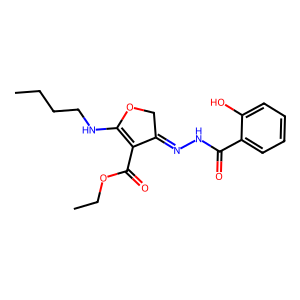
SMILES: CCCCNC1=C(C(=O)OCC)C(=NNC(=O)c2ccccc2O)CO1
Inhibits HIV replication: No